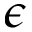
\epsilon